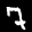
Label: 7